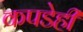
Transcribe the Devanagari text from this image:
कपडेही